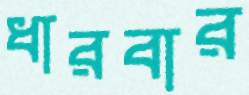
ধারবার